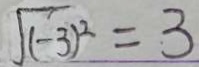
\sqrt { ( - 3 ) ^ { 2 } } = 3